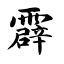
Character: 霹